Problem: 2 × 9 = ?
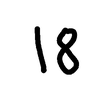
Handwritten answer: 18